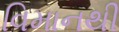
વિમાનથી